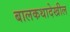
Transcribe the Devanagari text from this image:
बालकथादेखील